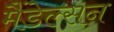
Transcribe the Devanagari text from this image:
मैंडेल्सन